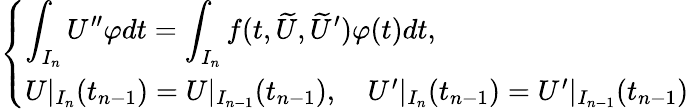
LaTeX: \begin{array}{r}{\left\{ \begin{array}{ll}{\displaystyle\int_{I_{n}}U^{\prime\prime}\varphi dt=\displaystyle\int_{I_{n}}f(t,\widetilde{U},\widetilde{U}^{\prime})\varphi(t)dt,}\\ {U|_{I_{n}}(t_{n-1})=U|_{I_{n-1}}(t_{n-1}),\quad U^{\prime}|_{I_{n}}(t_{n-1})=U^{\prime}|_{I_{n-1}}(t_{n-1})}\end{array}\right.}\end{array}